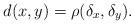
LaTeX: \begin{align*}d(x, y)=\rho(\delta_x, \delta_y).\end{align*}